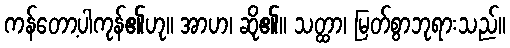
ကန်တော့ပါကုန်၏ဟု။ အာဟ၊ ဆို၏။ သတ္ထာ၊ မြတ်စွာဘုရားသည်။